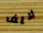
لايف